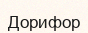
Дорифор